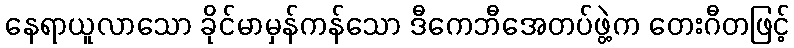
နေရာယူလာသော ခိုင်မာမှန်ကန်သော ဒီကေဘီအေတပ်ဖွဲ့က တေးဂီတဖြင့်